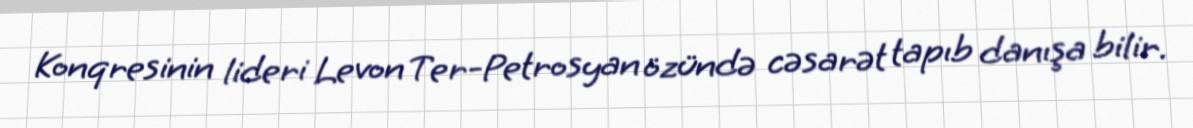
Konqresinin lideri Levon Ter-Petrosyan özündə cəsarət tapıb danışa bilir.